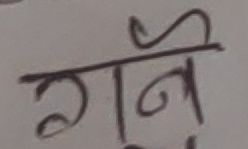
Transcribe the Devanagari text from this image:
गर्ने